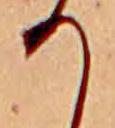
り